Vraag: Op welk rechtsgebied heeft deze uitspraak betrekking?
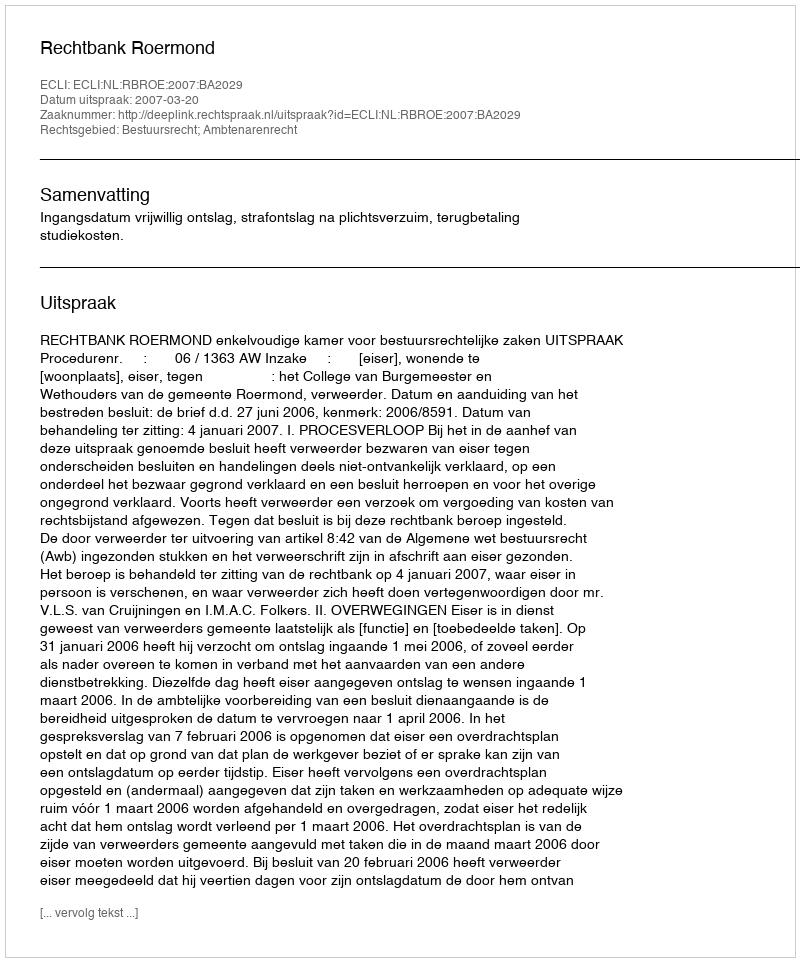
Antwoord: Bestuursrecht; Ambtenarenrecht